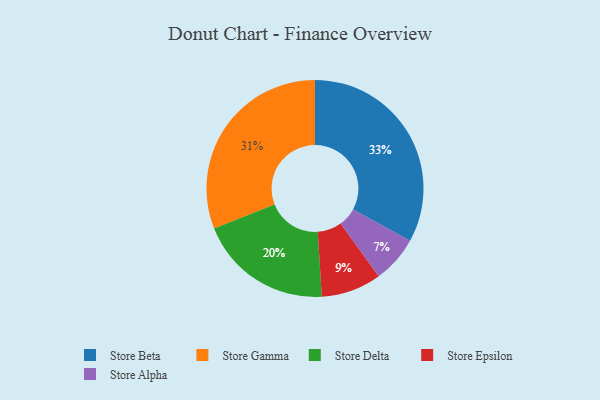
{"axis": {"x": "Category", "y": "Percentage"}, "legend": ["Store Alpha", "Store Beta", "Store Delta", "Store Epsilon", "Store Gamma"], "data": [{"x": "Store Epsilon", "y": 9, "type": "Store Epsilon"}, {"x": "Store Beta", "y": 33, "type": "Store Beta"}, {"x": "Store Delta", "y": 20, "type": "Store Delta"}, {"x": "Store Gamma", "y": 31, "type": "Store Gamma"}, {"x": "Store Alpha", "y": 7, "type": "Store Alpha"}]}